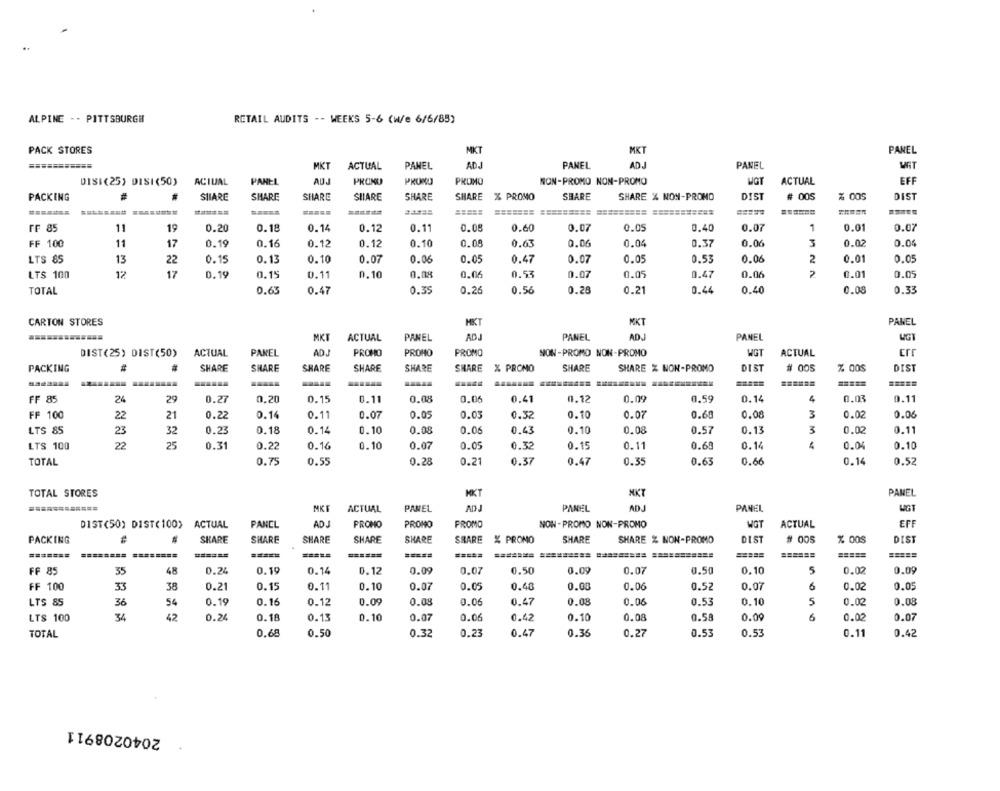
ALPINE - - PITTSBURGH
RETAIL AUDITS -- WEEKS 5-6 (w/e 6/6/85)
PACK STORES
MKT
MKT
PANEL
MKT
ACTUAL
PANEL
ADJ
PANEL
ADJ
PANEL
DISI (25) DISI (50)
ACIUAL
PANEL
AUJ
PRONU
PRONO
PROMO
NON-PROMO NON-PROMO
WOT
ACTUAL
EFF
PACKING
#
SHARE
SHARE
SHARE
SHARE
SHARE
SHARE
% PROMO
SHARE
SHARE % NON-PROMO
DIST
# 005
% 005
DIST
FF 85
11
19
0.20
0.18
0.14
0.12
0.11
0.08
0.60
0.07
0.05
0.40
0.07
1
0.01
0.07
FF 100
11
17
0.19
0.16
0.12
0.12
0.10
0.08
0.63
0.06
0.04
0.37
0.06
3
0.02
0.04
LTS 85
13
22
0.15
0.13
0.10
0.07
0.06
0.05
0.47
0.07
0.05
0.53
0.06
2
0.01
0.05
LTS 100
12
17
0.19
0.15
0.11
0.10
0.08
0.06
0.53
0.07
0.05
0.47
0.06
2
0.01
0.05
TOTAL
0.63
0.47
0.35
0.26
0.56
0.28
0.21
0.44
0.40
0.08
0.33
CARTON STORES
MKT
MKT
PANEL
MKT
ACTUAL
PANEL
ADJ
PANEL
ADJ
PANEL
WGT
DIST(25) DIST(50)
ACTUAL
PANEL
ADJ
PROMO
PROMO
PROMO
NON-PROMO NON-PROMO
WGT
ACTUAL
Err
PACKING
#
SHARE
SHARE
SHARE
SHARE
SHARE
SHARE
% PROMO
SHARE
SHARE % NON-PROMO
DIST
# 005
DIST
FF 8:
24
29
0.27
0,20
0.15
0.11
0.08
0.06
0.41
0.12
0.09
0.59
0.14
4
0.03
0.11
FF 100
22
21
0.22
0.14
0.11
0.07
0.05
0.03
0.32
0.10
0.07
0.68
0.08
3
0.02
0.06
LTS 85
23
32
0.23
0.18
0.14
0.10
0.08
0.06
0.43
0.10
0.08
0.57
0.13
3
0.02
0.11
LTS 100
22
25
0.31
0.22
0.16
0.10
0.07
0.05
0.32
0.15
0.11
0.68
0.14
4
0.04
0.10
TOTAL
0.75
0.55
0.28
0.21
0.37
0.47
0.35
0.63
0.66
0.14
0.52
TOTAL STORES
MKT
PANEL
ADJ
PANEL
WGT
MKE
ACTUAL
PANEL
PANEL
NON -PROMO NON-PROMO
DIST(50) DIST(100> ACTUAL
PANEL
ADJ
PROMO
PROMO
PROMO
WGT
ACTUAL
EFF
SHARE
SHARE
SHARE
SHARE
SRARE
% PROMO
SHARE
SHARE % NON-PROMO
DIST
# 005
% DOS
DIST
PACKING
SHARE
=======
========
========
======
=====
=====
=====
=====
======
FF 85
35
0.24
0.19
0.14
0.12
0.09
0.07
0.50
0.09
0.07
0.50
0.10
5
0.02
0.09
FF 100
38
0.21
0.15
0.11
0.10
0.05
0.48
0.06
0.07
6
0.05
33
0.07
0.08
0.52
0.02
LTS 85
54
0.19
0.16
0.12
0.09
0.08
0.06
0.47
0.08
0.06
0.53
0.10
5
0.02
0.08
36
LTS 100
34
42
0.24
0.18
0.13
0.10
0.07
0.06
0.42
0.10
0.08
0.58
0.09
0.02
0.07
TOTAL
0.68
0.50
0.32
0.23
0.47
0.36
0.27
0.53
0.53
0.11
0.42
2040208911